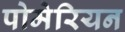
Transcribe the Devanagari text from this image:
पोमेरियन